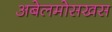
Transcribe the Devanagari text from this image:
अबेलमोसखस